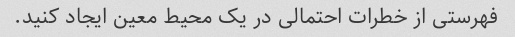
فهرستی از خطرات احتمالی در یک محیط معین ایجاد کنید.